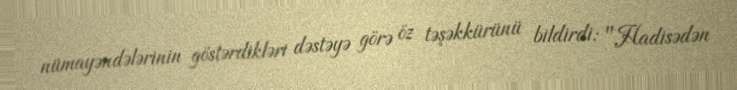
nümayəndələrinin göstərdikləri dəstəyə görə öz təşəkkürünü bildirdi: "Hadisədən